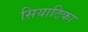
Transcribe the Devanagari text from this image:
सियाटिका